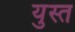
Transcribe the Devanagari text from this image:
युस्त